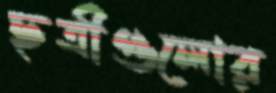
ছত্রীগুলোর